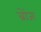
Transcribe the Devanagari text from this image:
ब्रोंजः